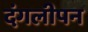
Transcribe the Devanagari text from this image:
दंगलीपन